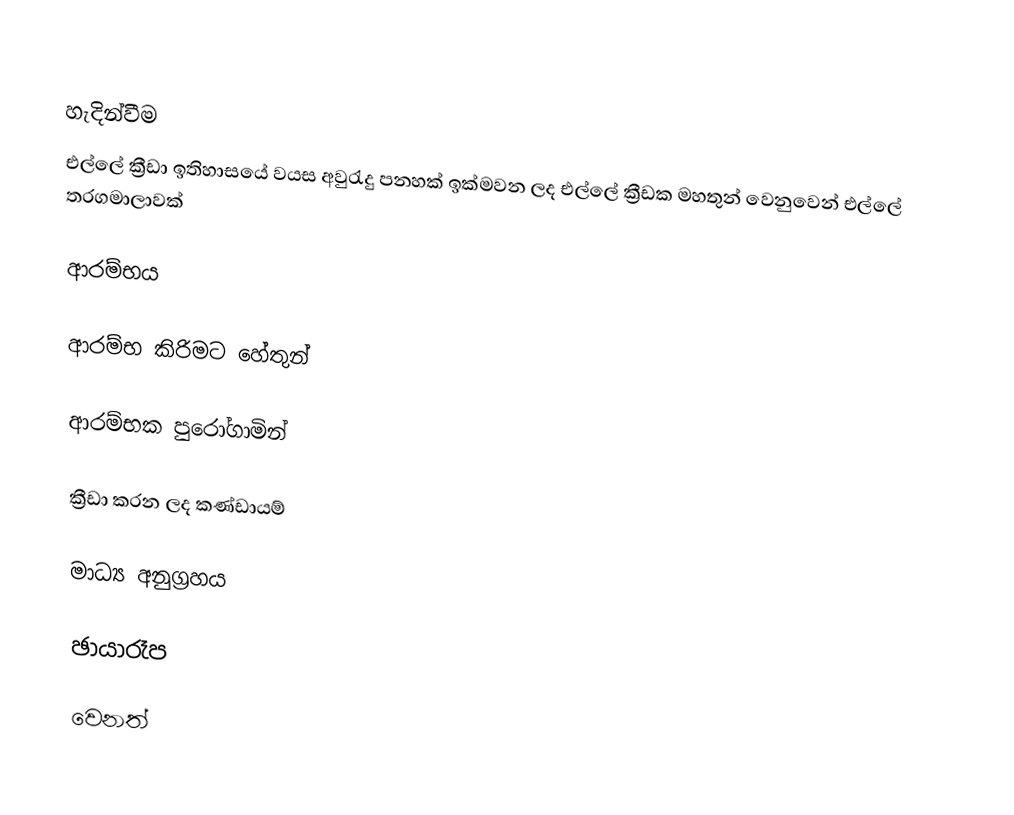

හැදින්වීම
එල්ලේ ක්‍රීඩා ඉතිහාසයේ වයස අවුරැදු පනහක් ඉක්මවන ලද එල්ලේ ක්‍රීඩක මහතුන් වෙනුවෙන් එල්ලේ තරගමාලාවක්

ආරම්භය

ආරම්භ කිරිමට හේතුන්

ආරම්භක පුරෝගාමින්

ක්‍රීඩා කරන ලද කණ්ඩායම්

මාධ්‍ය අනුග්‍රහය

ඡායාරෑප

වෙනත්